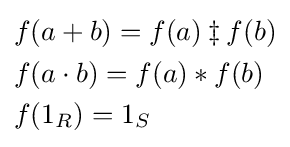
{\begin{aligned}&f(a+b)=f(a)\ddagger f(b)\\&f(a\cdot b)=f(a)*f(b)\\&f(1_{R})=1_{S}\end{aligned}}